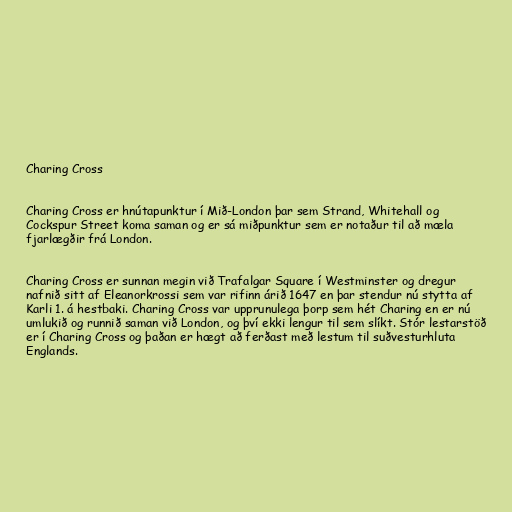
Charing Cross

Charing Cross er hnútapunktur í Mið-London þar sem Strand, Whitehall og
Cockspur Street koma saman og er sá miðpunktur sem er notaður til að mæla
fjarlægðir frá London.

Charing Cross er sunnan megin við Trafalgar Square í Westminster og dregur
nafnið sitt af Eleanorkrossi sem var rifinn árið 1647 en þar stendur nú stytta af
Karli 1. á hestbaki. Charing Cross var upprunulega þorp sem hét Charing en er nú
umlukið og runnið saman við London, og því ekki lengur til sem slíkt. Stór lestarstöð
er í Charing Cross og þaðan er hægt að ferðast með lestum til suðvesturhluta
Englands.